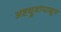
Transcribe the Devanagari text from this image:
अष्टध्रुवांपासून